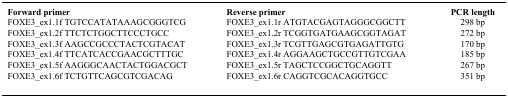
<table><thead><tr><td><b>Forward primer</b></td><td><b>Reverse primer</b></td><td><b>PCR length</b></td></tr></thead><tbody><tr><td>FOXE3_ex1.1f TGTCCATATAAAGCGGGTCG</td><td>FOXE3_ex1.1r ATGTACGAGTAGGGCGGCTT</td><td>298 bp</td></tr><tr><td>FOXE3_ex1.2f TTCTCTGGCTTCCCTGCC</td><td>FOXE3_ex1.2r TCGGTGATGAAGCGGTAGAT</td><td>272 bp</td></tr><tr><td>FOXE3_ex1.3f AAGCCGCCCTACTCGTACAT</td><td>FOXE3_ex1.3r TCGTTGAGCGTGAGATTGTG</td><td>170 bp</td></tr><tr><td>FOXE3_ex1.4f TTCATCACCGAACGCTTTGC</td><td>FOXE3_ex1.4r AGGAAGCTGCCGTTGTCGAA</td><td>185 bp</td></tr><tr><td>FOXE3_ex1.5f AAGGGCAACTACTGGACGCT</td><td>FOXE3_ex1.5r TAGCTCCGGCTGCAGGTT</td><td>267 bp</td></tr><tr><td>FOXE3_ex1.6f TCTGTTCAGCGTCGACAG</td><td>FOXE3_ex1.6r CAGGTCGCACAGGTGCC</td><td>351 bp</td></tr></tbody></table>